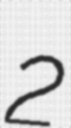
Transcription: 2